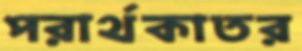
পরার্থকাতর